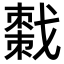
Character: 𫼄